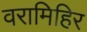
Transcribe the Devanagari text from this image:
वरामिहिर